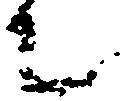
上